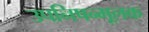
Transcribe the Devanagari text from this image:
उपनिषन्मूलक